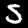
Label: 5